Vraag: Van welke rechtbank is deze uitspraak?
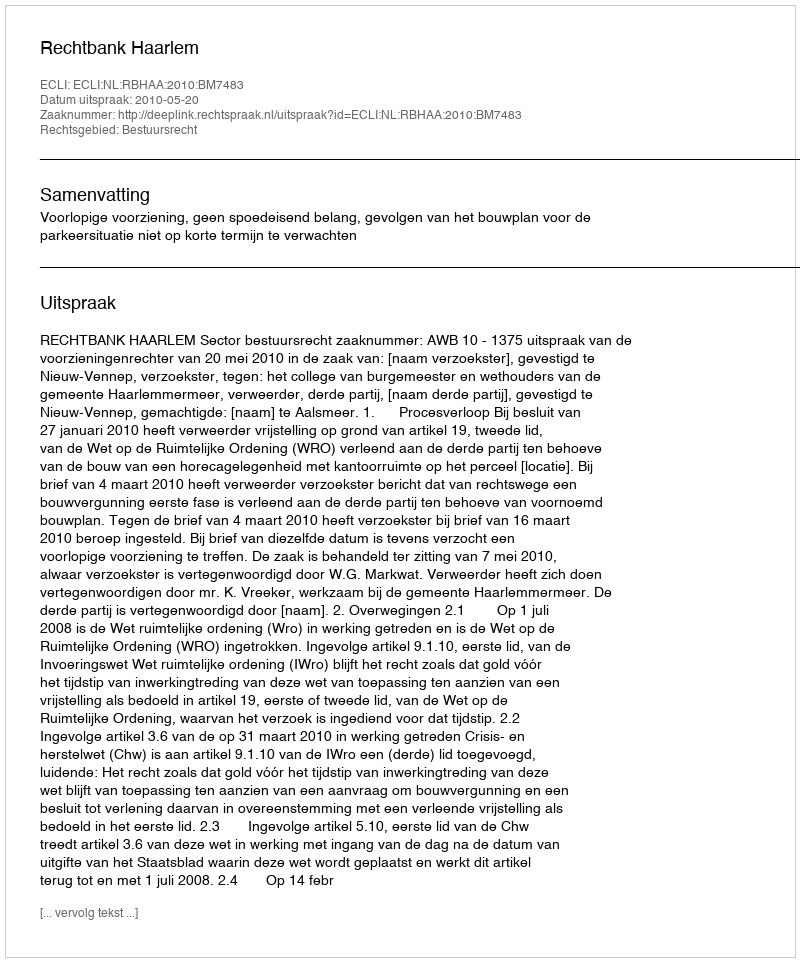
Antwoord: Rechtbank Haarlem